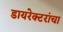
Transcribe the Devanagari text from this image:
डायरेक्टरांचा